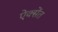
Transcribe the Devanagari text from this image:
ऐक्सेंत